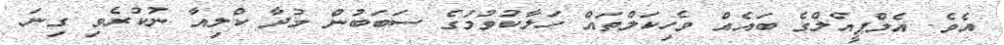
އެވެ. އެމްޕީއެލްގެ ބައެއް ވެހިކަލްތައް ހަލާކުވުމުގެ ސަބަބުން މުދާ ކްލިއާ ނުކުރެވި ގިނަ